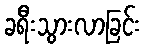
ခရီးသွားလာခြင်း